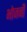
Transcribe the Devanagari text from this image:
भोजनी